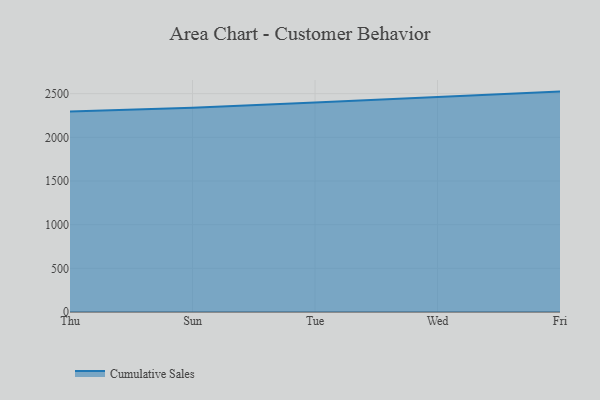
{"axis": {"x": "Day", "y": "Headcount"}, "legend": ["Cumulative Sales"], "data": [{"x": "Thu", "y": 2296.7, "type": "Cumulative Sales"}, {"x": "Sun", "y": 2337.9, "type": "Cumulative Sales"}, {"x": "Tue", "y": 2397.9, "type": "Cumulative Sales"}, {"x": "Wed", "y": 2463.5, "type": "Cumulative Sales"}, {"x": "Fri", "y": 2523.7, "type": "Cumulative Sales"}]}